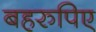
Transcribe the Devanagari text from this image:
बहरुपिए